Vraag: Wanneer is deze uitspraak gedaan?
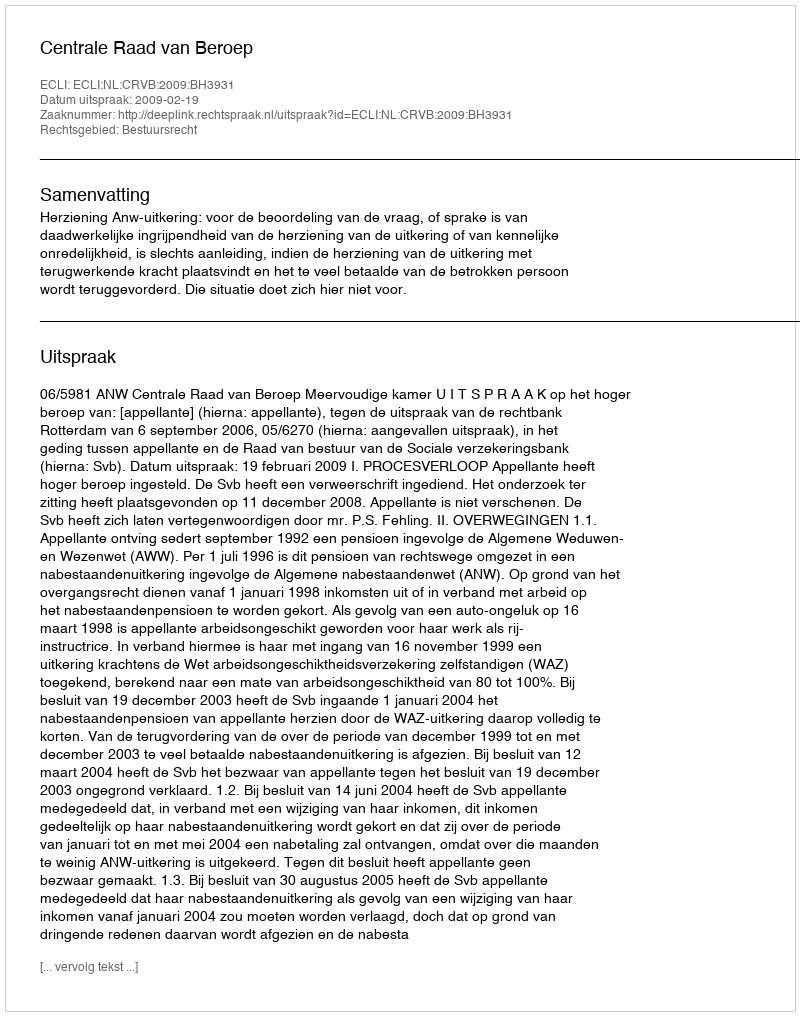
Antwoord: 2009-02-19